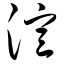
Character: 渲